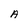
Character: A